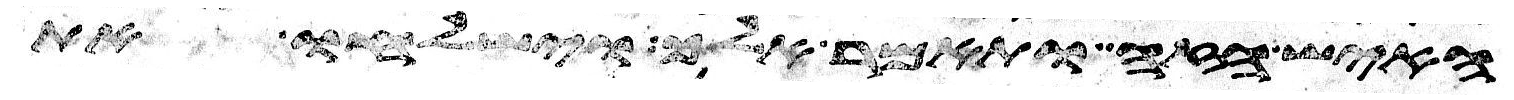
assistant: האיש הזה ותאמר אלך וישלחו את